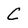
Character: C